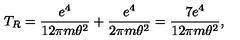
T _ { R } = \frac { e ^ { 4 } } { 1 2 \pi m \theta ^ { 2 } } + \frac { e ^ { 4 } } { 2 \pi m \theta ^ { 2 } } = \frac { 7 e ^ { 4 } } { 1 2 \pi m \theta ^ { 2 } } ,